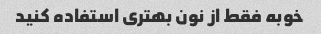
خوبه فقط از نون بهتری استفاده کنید